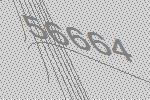
56664